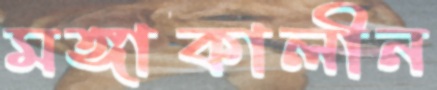
মঙ্গাকালীন